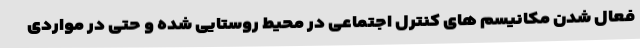
فعال شدن مکانیسم های کنترل اجتماعی در محیط روستایی شده و حتی در مواردی